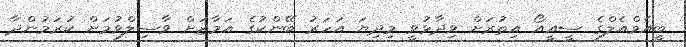
ބީއެމްއެލްގެ ސީއީއޯ އިތުރަށް ވިދާޅުވީ މިދިޔަ އަހަރު ބޭންކުގެ އަމާޒަށް ވާސިލްވުމަށް ކުރަމުންދާ